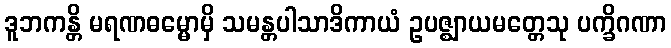
ဒူဘကန္တိ မရဏဓမ္မောမှိ သမန္တပါသာဒိကာယံ ဥပဇ္ဈာယမတ္တေသု ပက္ခိဂဏာ